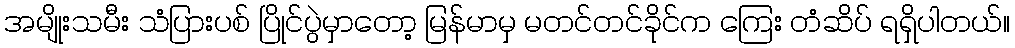
အမျိုးသမီး သံပြားပစ် ပြိုင်ပွဲမှာတော့ မြန်မာမှ မတင်တင်ခိုင်က ကြေး တံဆိပ် ရရှိပါတယ်။